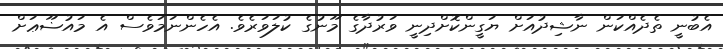
އެބުނީ ތެދެއްކަން ނާޝިދުއަށް ޔަގީންކޮށްދިނީ ވަރުދާގެ މޫނުގެ ކުލަވަރެވެ. އެހެންނަމަވެސް އެ މައުޟޫޢަށް